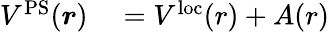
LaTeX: \begin{array}{rl}{V^{\mathrm{PS}}(\boldsymbol{r})}&{{}=V^{\mathrm{loc}}(r)+A(r)}\end{array}